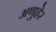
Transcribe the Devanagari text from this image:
अणुहेर